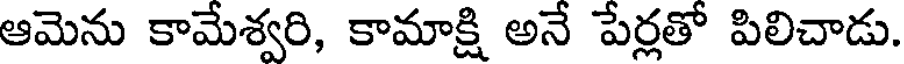
ఆమెను కామేశ్వరి, కామాక్షి అనే పేర్లతో పిలిచాడు.